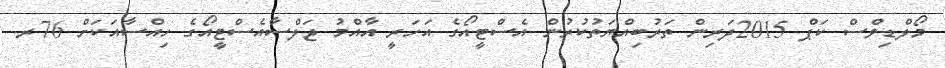
މޯލްޑިވްސް ކަޕް 2015ދަރިން ތަރުބިއްޔަތުކުރުން އެސްޓީއޯގެ އަހަރީ އާއްމު ޖަލްސާއެސްޓީއޯގެ ހިއްސާއަކަށް 76ރ.